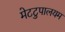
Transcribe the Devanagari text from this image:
मेटटुपालयम